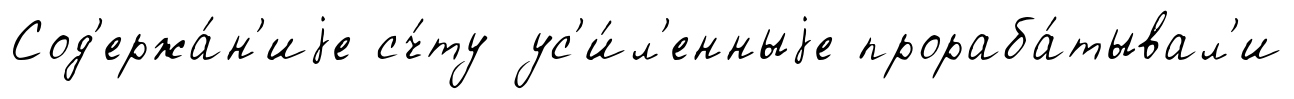
Сод'ержа́н'иjе сч́ту ус'и́л'енныjе прораба́тывал'и